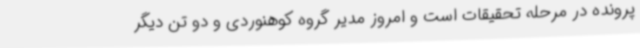
پرونده در مرحله تحقیقات است و امروز مدیر گروه کوهنوردی و دو تن دیگر